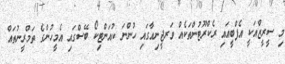
މި ސީރީޒްއަކީ އެފްބީއައި ރެކްރޫޓުންތަކެއް ވަރޖީނިއާގައި ހުންނަ ކުއަންޓިކޯ ބޭސްގައި އެމީހުންގެ ތަމްރީނުތައް